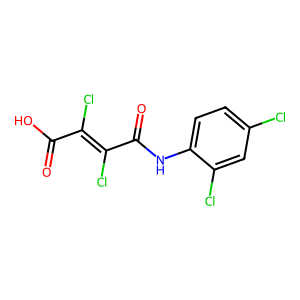
SMILES: O=C(O)C(Cl)=C(Cl)C(=O)Nc1ccc(Cl)cc1Cl
Inhibits HIV replication: No